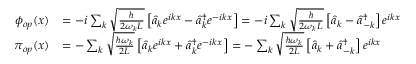
\begin{array} { r l } { \phi _ { o p } ( x ) } & { = - i \sum _ { k } \sqrt { \frac { \hbar } { 2 \omega _ { k } L } } \left[ \hat { a } _ { k } e ^ { i k x } - \hat { a } _ { k } ^ { \dagger } e ^ { - i k x } \right] = - i \sum _ { k } \sqrt { \frac { \hbar } { 2 \omega _ { k } L } } \left[ \hat { a } _ { k } - \hat { a } _ { - k } ^ { \dagger } \right] e ^ { i k x } } \\ { \pi _ { o p } ( x ) } & { = - \sum _ { k } \sqrt { \frac { \hbar \omega _ { k } } { 2 L } } \left[ \hat { a } _ { k } e ^ { i k x } + \hat { a } _ { k } ^ { \dagger } e ^ { - i k x } \right] = - \sum _ { k } \sqrt { \frac { \hbar \omega _ { k } } { 2 L } } \left[ \hat { a } _ { k } + \hat { a } _ { - k } ^ { \dagger } \right] e ^ { i k x } } \end{array}